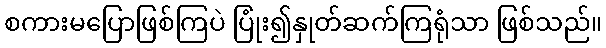
စကားမပြောဖြစ်ကြပဲ ပြုံး၍နှုတ်ဆက်ကြရုံသာ ဖြစ်သည်။